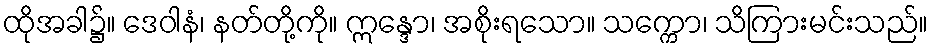
ထိုအခါ၌။ ဒေဝါနံ၊ နတ်တို့ကို။ ဣန္ဒော၊ အစိုးရသော။ သက္ကော၊ သိကြားမင်းသည်။